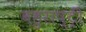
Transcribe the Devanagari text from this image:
बहुराष्ट्री